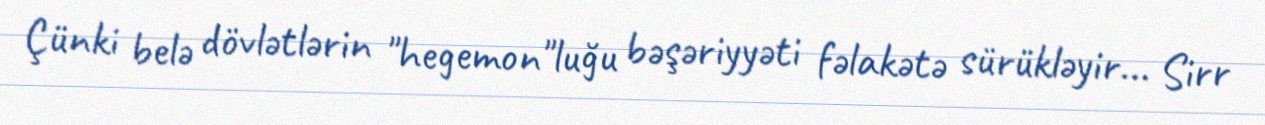
Çünki belə dövlətlərin "hegemon"luğu bəşəriyyəti fəlakətə sürükləyir... Sirr